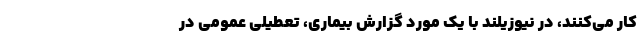
کار می‌کنند، در نیوزیلند با یک مورد گزارش بیماری، تعطیلی عمومی در